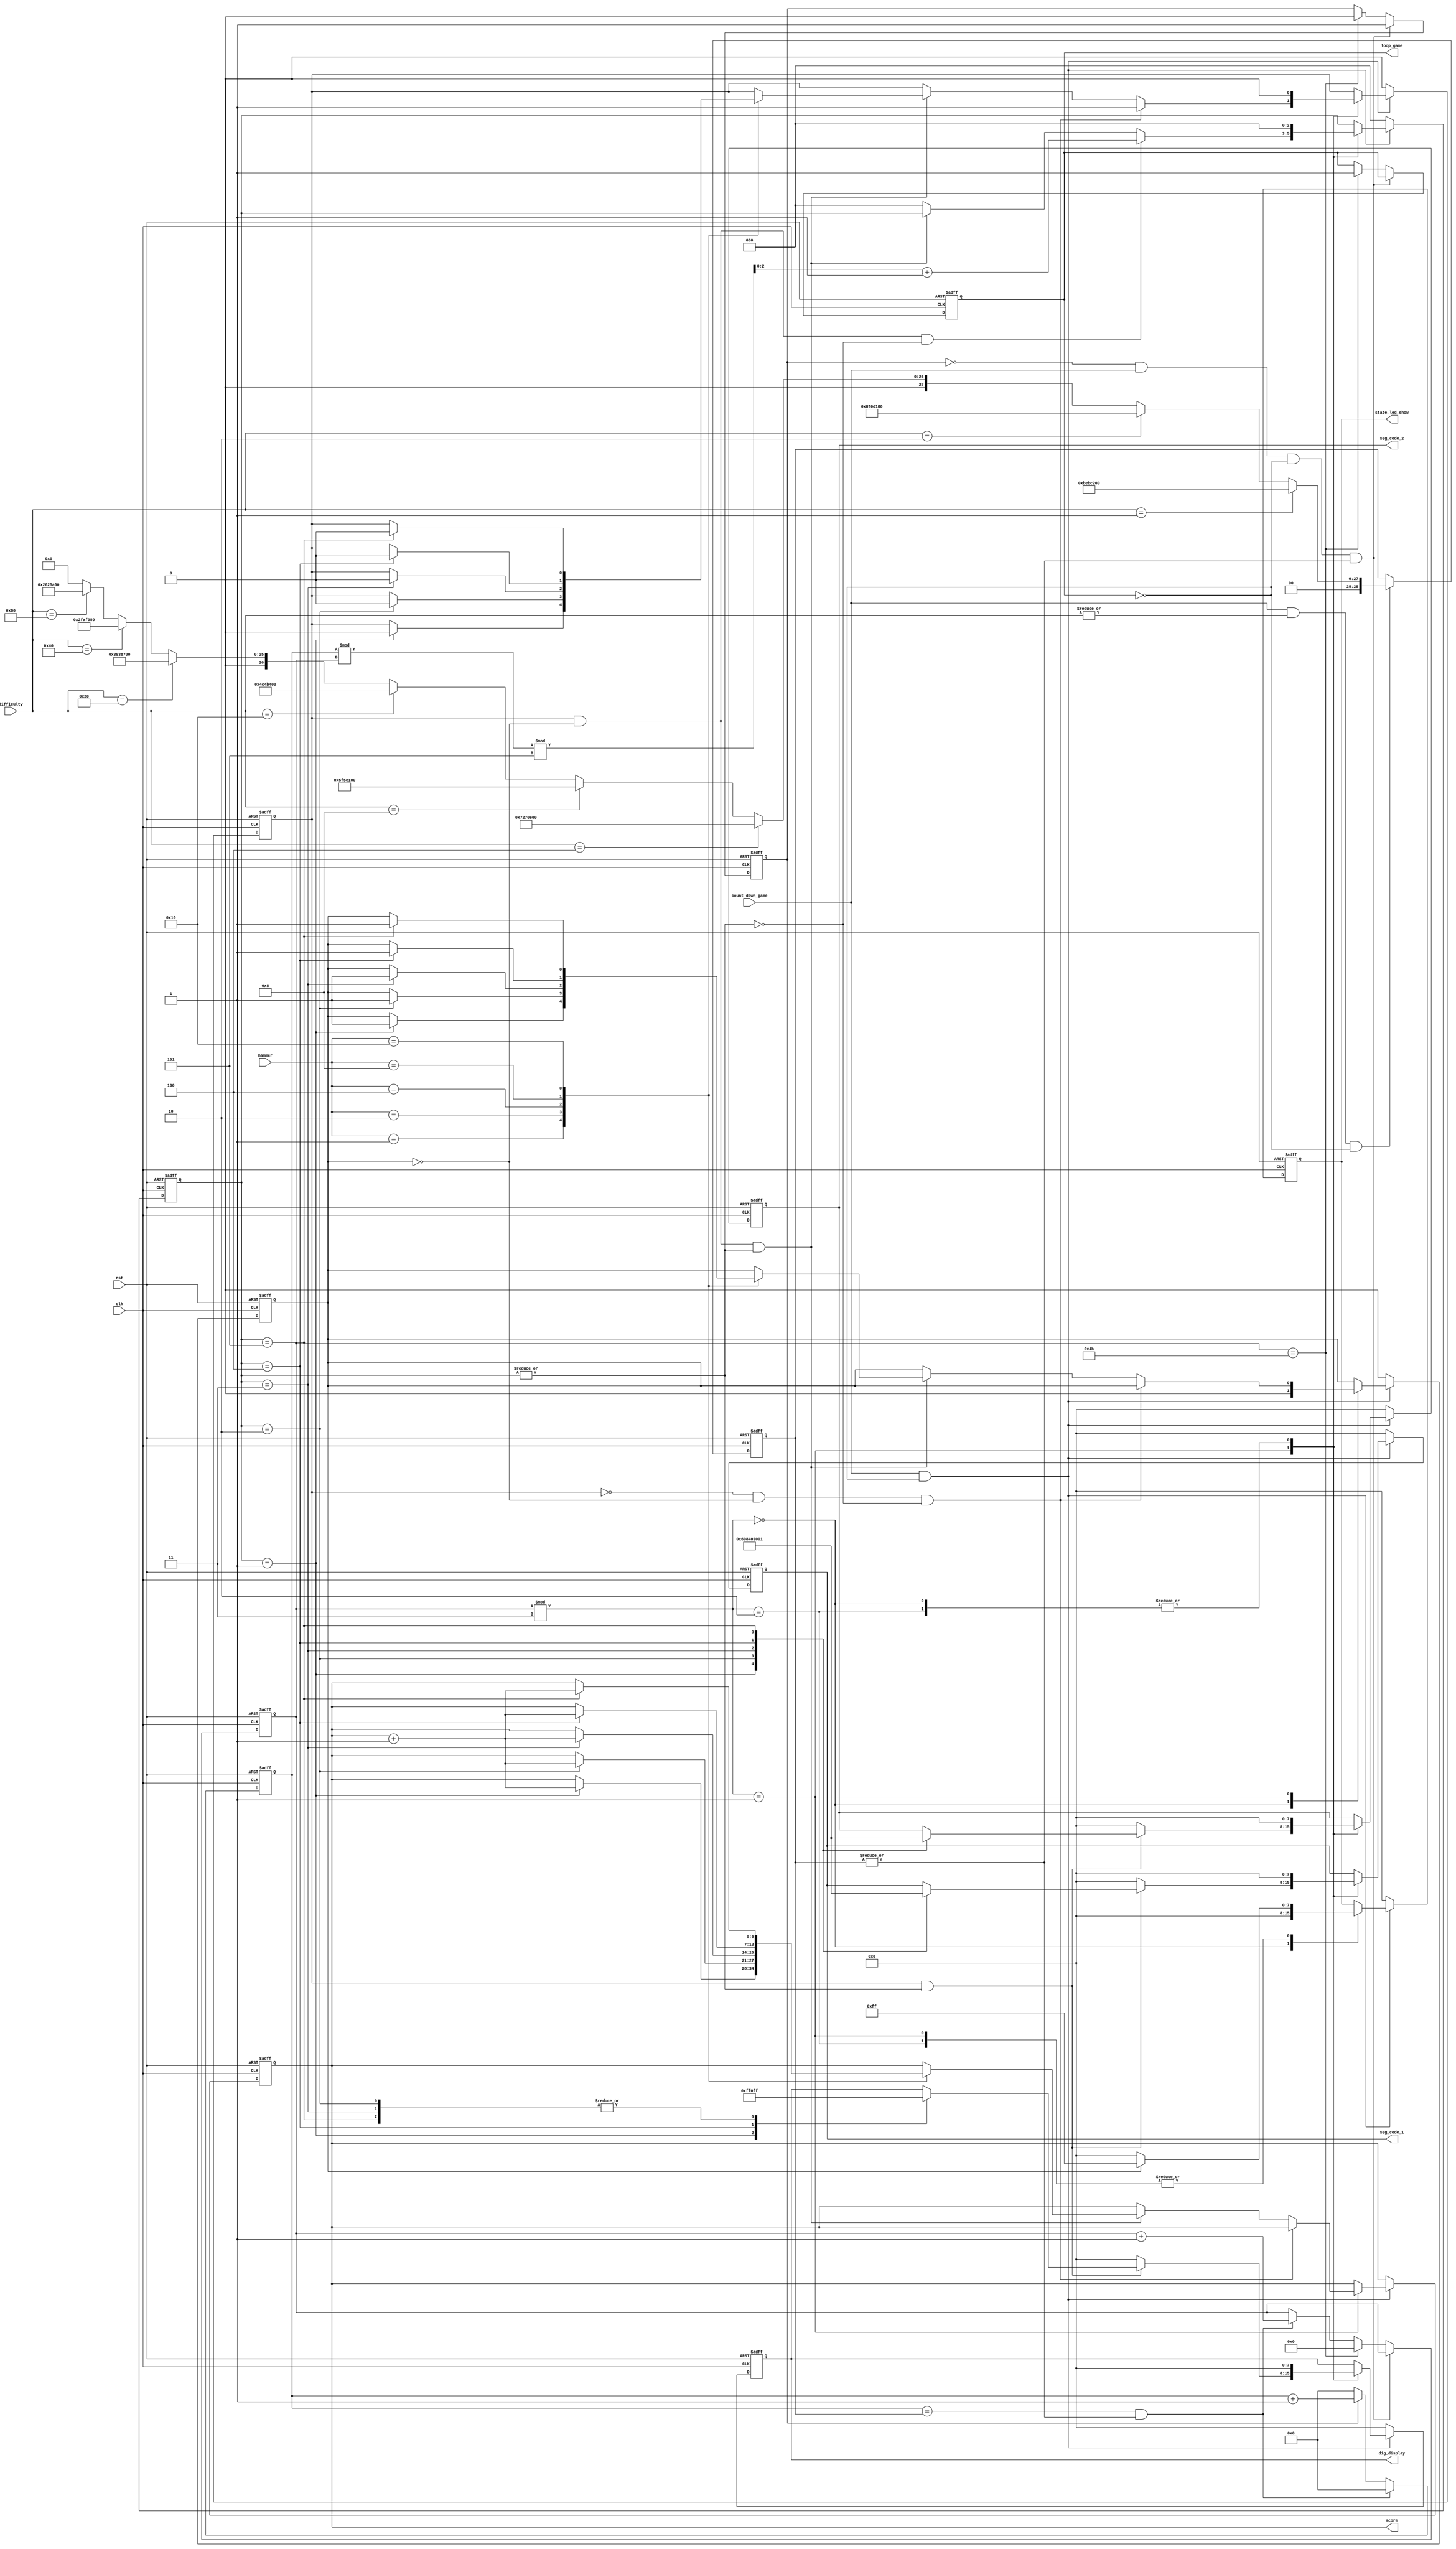
`timescale 1ns / 1ps
//////////////////////////////////////////////////////////////////////////////////
// Company: 
// Engineer: 
// 
// Design Name: 
// Module Name: game_loop
// Project Name: 
// Target Devices: 
// Tool Versions: 
// Description: 
// 
// Dependencies: 
// 
// Revision:
// Revision 0.01 - File Created
// Additional Comments:
// 
//////////////////////////////////////////////////////////////////////////////////


module game_loop(
    	input clk,
        input rst,
        input count_down_game,
        input [7:0] difficulty,
        input [4:0] hammer,
        output reg [7:0] dig_display,
        output reg [7:0] seg_code_1,
        output reg [7:0] seg_code_2,
        output reg [7:0] state_led_show,
        output reg [6:0] score,
        output reg loop_game
	    );

        // 
        reg [29:0] loop_time;
        always @( posedge clk or posedge rst )
	        if( rst )
                loop_time <= 30'd0;
	        else if( count_down_game && |difficulty && !loop_game)
                if( difficulty == 8'b00000001 )
                    loop_time <= 30'd200000000;    // 2s
                else if( difficulty == 8'b00000010 )
                    loop_time <= 30'd150000000;    // 1.5s
                else if( difficulty == 8'b00000100 )
                    loop_time <= 30'd120000000;    // 1.2s
                else if( difficulty == 8'b00001000 )
                    loop_time <= 30'd100000000;    // 1s
                else if( difficulty == 8'b00010000 )
                    loop_time <= 30'd80000000;     // 0.8s
                else if( difficulty == 8'b00100000 )
                    loop_time <= 30'd60000000;     // 0.6s
                else if( difficulty == 8'b01000000 )
                    loop_time <= 30'd50000000;     // 0.5s
                else if( difficulty == 8'b10000000 )
                    loop_time <= 30'd40000000;     // 0.4s
	        else
                loop_time <= 30'd0;

        // 
        reg [29:0] cnt;
        reg cnt_sig;
	    always @( posedge clk or posedge rst )
	        if( rst )
	            cnt <= 30'd0;
	        else if( cnt == loop_time && |loop_time )
	            cnt <= 30'd0;
	        else if( cnt_sig )
	            cnt <= cnt + 30'b1;
	        else
	            cnt <= 30'd0;        
        
        // 25,,,
        reg [6:0] loop_num;
        always @( posedge clk or posedge rst )
	        if( rst )
                begin
	                loop_num <= 7'd0;
                    cnt_sig <= 1'b0;
                    loop_game <= 1'b0;
                end
            else if( !cnt_sig && count_down_game && !loop_game && |loop_time)
	            cnt_sig <= 1'b1;
	        else if( loop_num == 7'd75 )
                begin
	                loop_num <= 7'd0;
                    cnt_sig <= 1'b0;
                    loop_game <= 1'b1;
                end
	        else if( cnt == loop_time && |loop_time)
	            loop_num <= loop_num + 1'b1;
            else
                loop_num <= loop_num;

        reg [2:0] rand_pos;    // 
        reg out;    // 
        reg hit;    // 

        // 
        always @( posedge clk or posedge rst )
	        if( rst )
                rand_pos <= 3'd0;
	        else if( count_down_game && !loop_game )
	            case( loop_num % 3 )
                    7'd0:rand_pos <= 3'd0;
                    7'd1:
                        begin 
                            if( out && !hit && !(|rand_pos) )    // ,
                                    rand_pos <= ((cnt % loop_num) % 5) + 1'b1;    // 
                            else if( out && !hit && |rand_pos )    // ,,
                                rand_pos <= rand_pos;
                            else
                                rand_pos <= 3'd0;
                        end
                    7'd2:rand_pos <= 3'd0;
                endcase
            else
                rand_pos <= 3'd0;

        // 
        always @( posedge clk or posedge rst )
	        if( rst )
                begin
                    out <= 1'b0;
                    hit <= 1'b0;
                    score <= 7'd0;
                end
	        else if( count_down_game && !loop_game )    // 
	            case( loop_num % 3 )
                    7'd0:begin out <= 1'b0; hit <= 1'b0; end
                    7'd1:
                        begin 
                            if( !out && !hit && !(|rand_pos) )    // ,
                                out <= 1'd1;
                            else if( out && !hit && |rand_pos )    // ,
                                begin
                                    case( hammer )
                                    5'b00001:
                                        if ( rand_pos == 3'd1 )    // !
                                            begin
                                                out <= 1'b0;
                                                hit <= 1'b1;
                                                score <= score + 1'b1;
                                            end
                                    5'b00010:
                                        if ( rand_pos == 3'd2 )    // !
                                            begin
                                                out <= 1'b0;
                                                hit <= 1'b1;
                                                score <= score + 1'b1;
                                            end
                                    5'b00100:
                                        if ( rand_pos == 3'd3 )    // !
                                            begin
                                                out <= 1'b0;
                                                hit <= 1'b1;
                                                score <= score + 1'b1;
                                            end
                                    5'b01000:
                                        if ( rand_pos == 3'd4 )    // !
                                            begin
                                                out <= 1'b0;
                                                hit <= 1'b1;
                                                score <= score + 1'b1;
                                            end
                                    5'b10000:
                                        if ( rand_pos == 3'd5 )    // !
                                            begin
                                                out <= 1'b0;
                                                hit <= 1'b1;
                                                score <= score + 1'b1;
                                            end
                                    endcase
                                end
                        end
                    7'd2:out <= 1'b0;    // hitLED
                endcase
            else
                begin out <= 1'b0; hit <= 1'b0; end

        parameter _r = 8'hf9, _d = 8'hf7, _m = 8'hbf, _l = 8'hcf, _u = 8'hfe;    // 

        // 
        always @( posedge clk or posedge rst )
	        if( rst )
                begin dig_display <= 8'b00000000; seg_code_1 <= 8'b00000000; seg_code_2 <= 8'b00000000; end
	        else if( count_down_game && !loop_game )
	            case( loop_num % 3 )
                    7'd0:begin dig_display <= 8'b00000000; seg_code_1 <= 8'b00000000; seg_code_2 <= 8'b00000000; end
                    7'd1:
                        begin 
                            if( out && |rand_pos )
                                case( rand_pos )
                                    3'd1:begin dig_display <= 8'b00001111; seg_code_1 <= ~_r; seg_code_2 <= ~_r; end
                                    3'd2:begin dig_display <= 8'b11111111; seg_code_1 <= ~_d; seg_code_2 <= ~_d; end
                                    3'd3:begin dig_display <= 8'b11111111; seg_code_1 <= ~_m; seg_code_2 <= ~_m; end
                                    3'd4:begin dig_display <= 8'b11110000; seg_code_1 <= ~_l; seg_code_2 <= ~_l; end
                                    3'd5:begin dig_display <= 8'b11111111; seg_code_1 <= ~_u; seg_code_2 <= ~_u; end
                                endcase
                            else
                                begin dig_display <= 8'b00000000; seg_code_1 <= 8'b00000000; seg_code_2 <= 8'b00000000; end
                        end
                    7'd2:begin dig_display <= 8'b00000000; seg_code_1 <= 8'b00000000; seg_code_2 <= 8'b00000000; end
                endcase
            else
                begin dig_display <= 8'b00000000; seg_code_1 <= 8'b00000000; seg_code_2 <= 8'b00000000; end

        // LED
        always @( posedge clk or posedge rst )
	        if( rst )
                state_led_show <= 8'b00000000;
	        else if( count_down_game && !loop_game )
	            case( loop_num % 3 )
                    7'd0:state_led_show <= 8'b00000000;
                    7'd1:
                        begin 
                            if( hit )
                                state_led_show <= 8'b11111111;
                            else
                                state_led_show <= 8'b00000000;
                        end
                    7'd2:
                        begin 
                            if( hit )
                                state_led_show <= 8'b11111111;
                            else
                                state_led_show <= 8'b00000000;
                        end
                endcase
            else
                state_led_show <= 8'b00000000;
endmodule